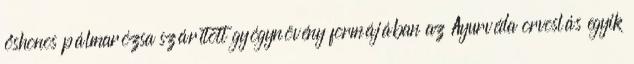
őshonos pálmarózsa szárított gyógynövény formájában az Ayurvéda orvoslás egyik